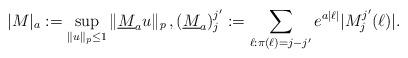
LaTeX: \begin{align*}|M|_{a}:= \sup_{\|u\|_p \leq 1 } \|\underline{M}_{a} u\|_p \,,(\underline{M}_{a})_{j}^{j'}:= \sum_{ \ell: \pi(\ell)= j-j'} e^{a|\ell|} |M_{j}^{j'}(\ell)| . \end{align*}